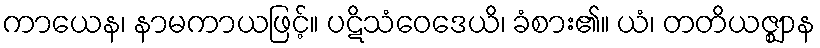
ကာယေန၊ နာမကာယဖြင့်။ ပဋိသံဝေဒေယိ၊ ခံစား၏။ ယံ၊ တတိယဇ္ဈာန